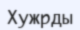
Хужрды